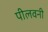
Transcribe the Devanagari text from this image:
पीलवनी